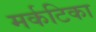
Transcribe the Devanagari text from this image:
मर्कटिका